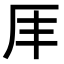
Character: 𠨵